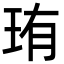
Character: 珛